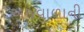
અજવાળાની